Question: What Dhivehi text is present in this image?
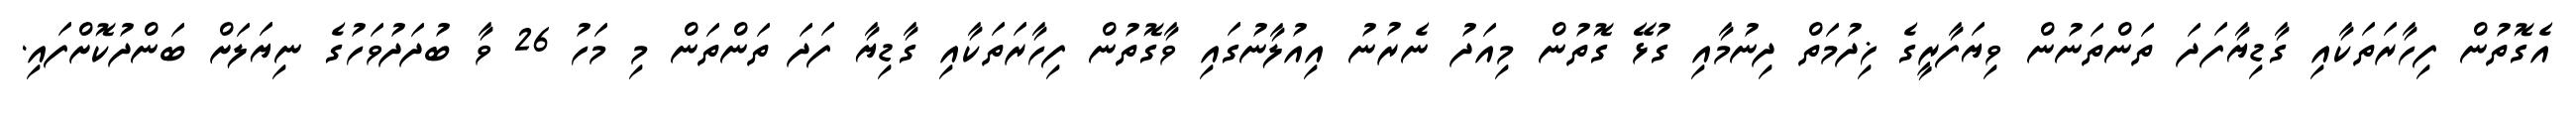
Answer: އެގޮތުން ފިހާރަތަކާއި ގާޑިޔާފަދަ ތަންތަނުން ވިޔަފާރީގެ ޚިދުމަތް ދިނުމާއި ގުޅޭ ގޮތުން މިއަދު ނެރުނު އިއުލާނުގައި ވާގޮތުން ފިހާރަތަކާއި ގާޑިޔާ ފަދަ ތަންތަން މި މަހު 26 ވާ ބުދަދުވަހުގެ ނިޔަލަށް ބަންދުކޮށްފައި.